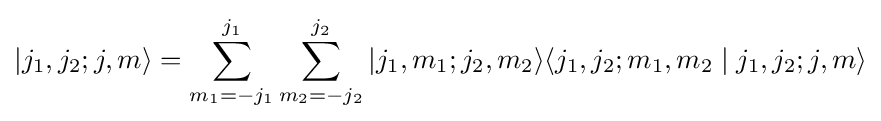
|j_{1},j_{2};j,m\rangle =\sum _{m_{1}=-j_{1}}^{j_{1}}\sum _{m_{2}=-j_{2}}^{j_{2}}|j_{1},m_{1};j_{2},m_{2}\rangle \langle j_{1},j_{2};m_{1},m_{2}\mid j_{1},j_{2};j,m\rangle